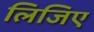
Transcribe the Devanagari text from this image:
लिजिए